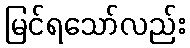
မြင်ရသော်လည်း